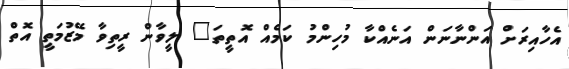
އެހާއިރަށް އަންނާނަން އަނެއްކާ މުހިންމު ކަމެއް އޮތީތަ" ލީވާން ރީތިވާ މޭޒުމަތީ އޮތް